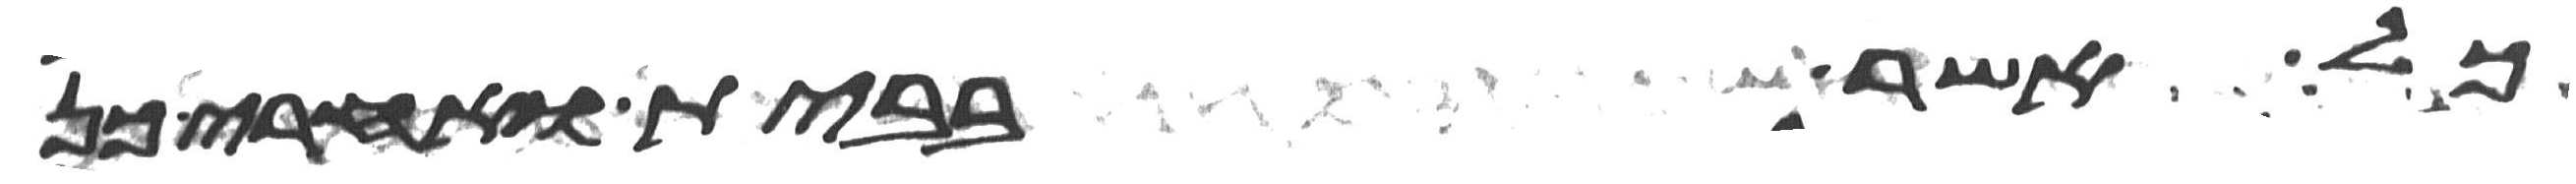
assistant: כל אשר בבית ואחרי כן